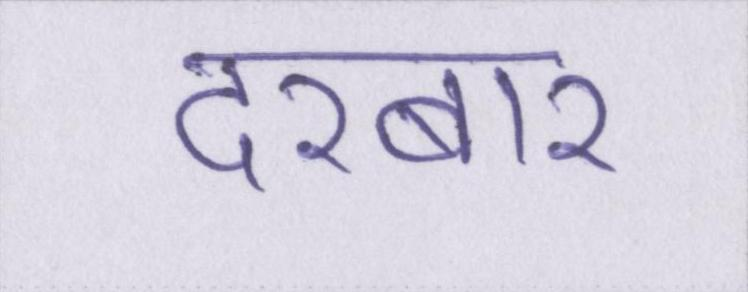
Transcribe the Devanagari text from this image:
दरबार